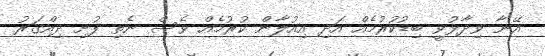
އޭނާ ވިދާޅުވީ ބިޑުކުރުމެއް އަދި އިއުލާން ކުރުމެއް ވެސް ނެތި ފުށި ދިއްގަރު